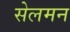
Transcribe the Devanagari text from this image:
सेलमन